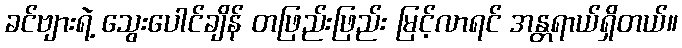
ခင်ဗျားရဲ့ သွေးပေါင်ချိန် တဖြည်းဖြည်း မြင့်လာရင် အန္တရာယ်ရှိတယ်။